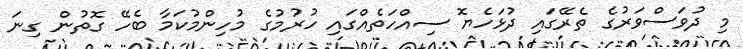
މި ދުވަސްވަރުގެ ތެރޭގައި ދުޅަހެޔޮ ސިއްހަތެއްގައި ހުރުމުގެ މުހިންމުކަމާ ބެހޭ ގޮތުން ގިނަ